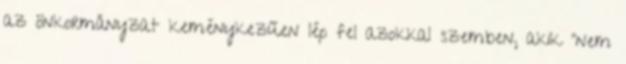
az önkormányzat keménykezűen lép fel azokkal szemben, akik “nem